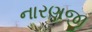
નારણજી